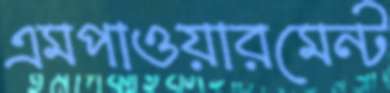
এমপাওয়ারমেন্ট